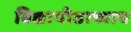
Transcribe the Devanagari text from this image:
विद्यापीठाच्याच